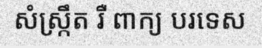
សំស្ក្រឹត រឺ ពាក្យ បរទេស